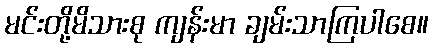
မင်းတို့မိသားစု ကျန်းမာ ချမ်းသာကြပါစေ။